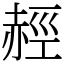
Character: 䞓